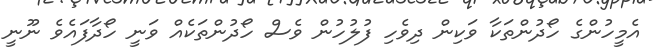
އެމީހުންގެ ހޯދުންތަކާ ވަކިން ދިވެހި ފުލުހުން ވެސް ހޯދުންތަކެއް ވަނީ ހޯދާފައެވެ ނޫނީ